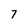
Character: 7